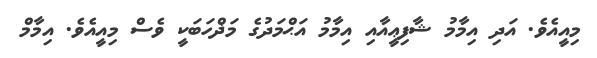
މިއީއެވެ. އަދި އިމާމު ޝާފިޢީއާއި އިމާމު އަޙްމަދުގެ މަޛްހަބަކީ ވެސް މިއީއެވެ. އިމާމް